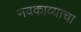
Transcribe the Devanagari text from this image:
नवकाव्याचा